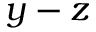
y - z